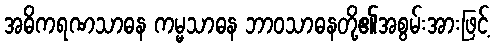
အဓိကရဏသာဓန ကမ္မသာဓန ဘာဝသာဓနတို့၏အစွမ်းအားဖြင့်